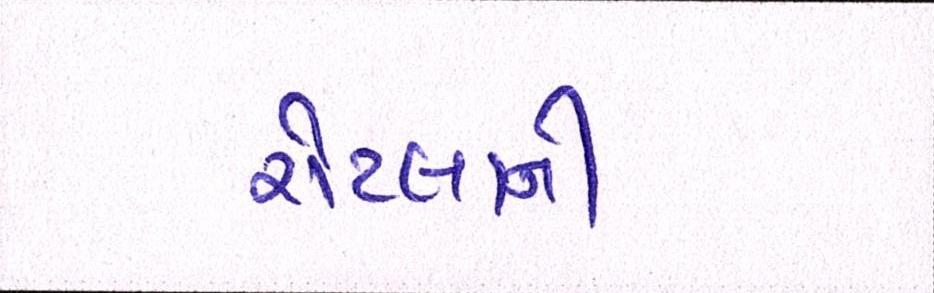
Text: રોટલાની